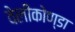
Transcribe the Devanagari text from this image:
वेलीकोण्डा